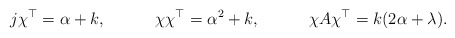
\begin{align*} &j\chi^\top = \alpha + k, &&\chi \chi^\top = \alpha^2 + k, &&\chi A \chi^\top = k(2\alpha + \lambda). \end{align*}